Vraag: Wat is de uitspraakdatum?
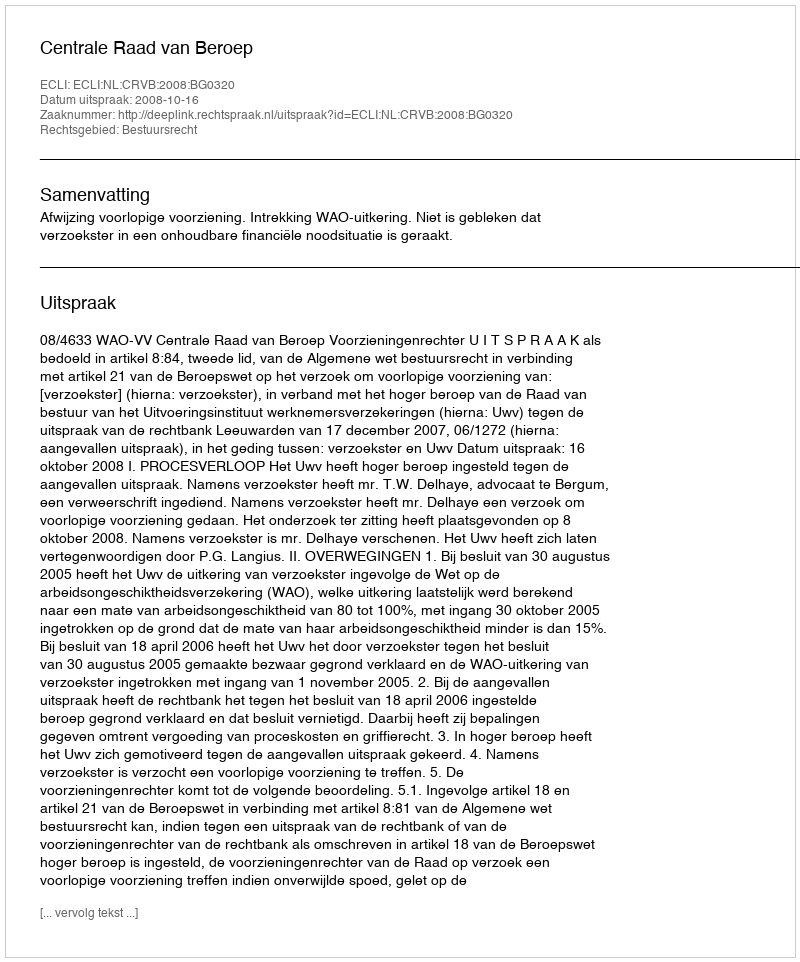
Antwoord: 2008-10-16